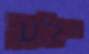
ילע